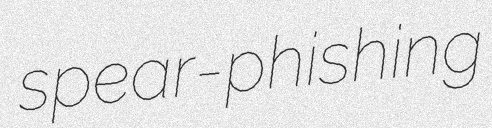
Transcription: spear-phishing